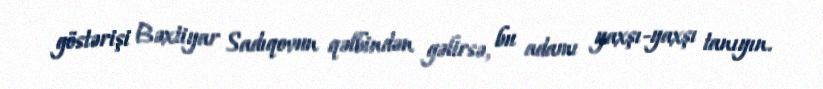
göstərişi Bəxtiyar Sadıqovun qəlbindən gəlirsə, bu adamı yaxşı-yaxşı tanıyın.